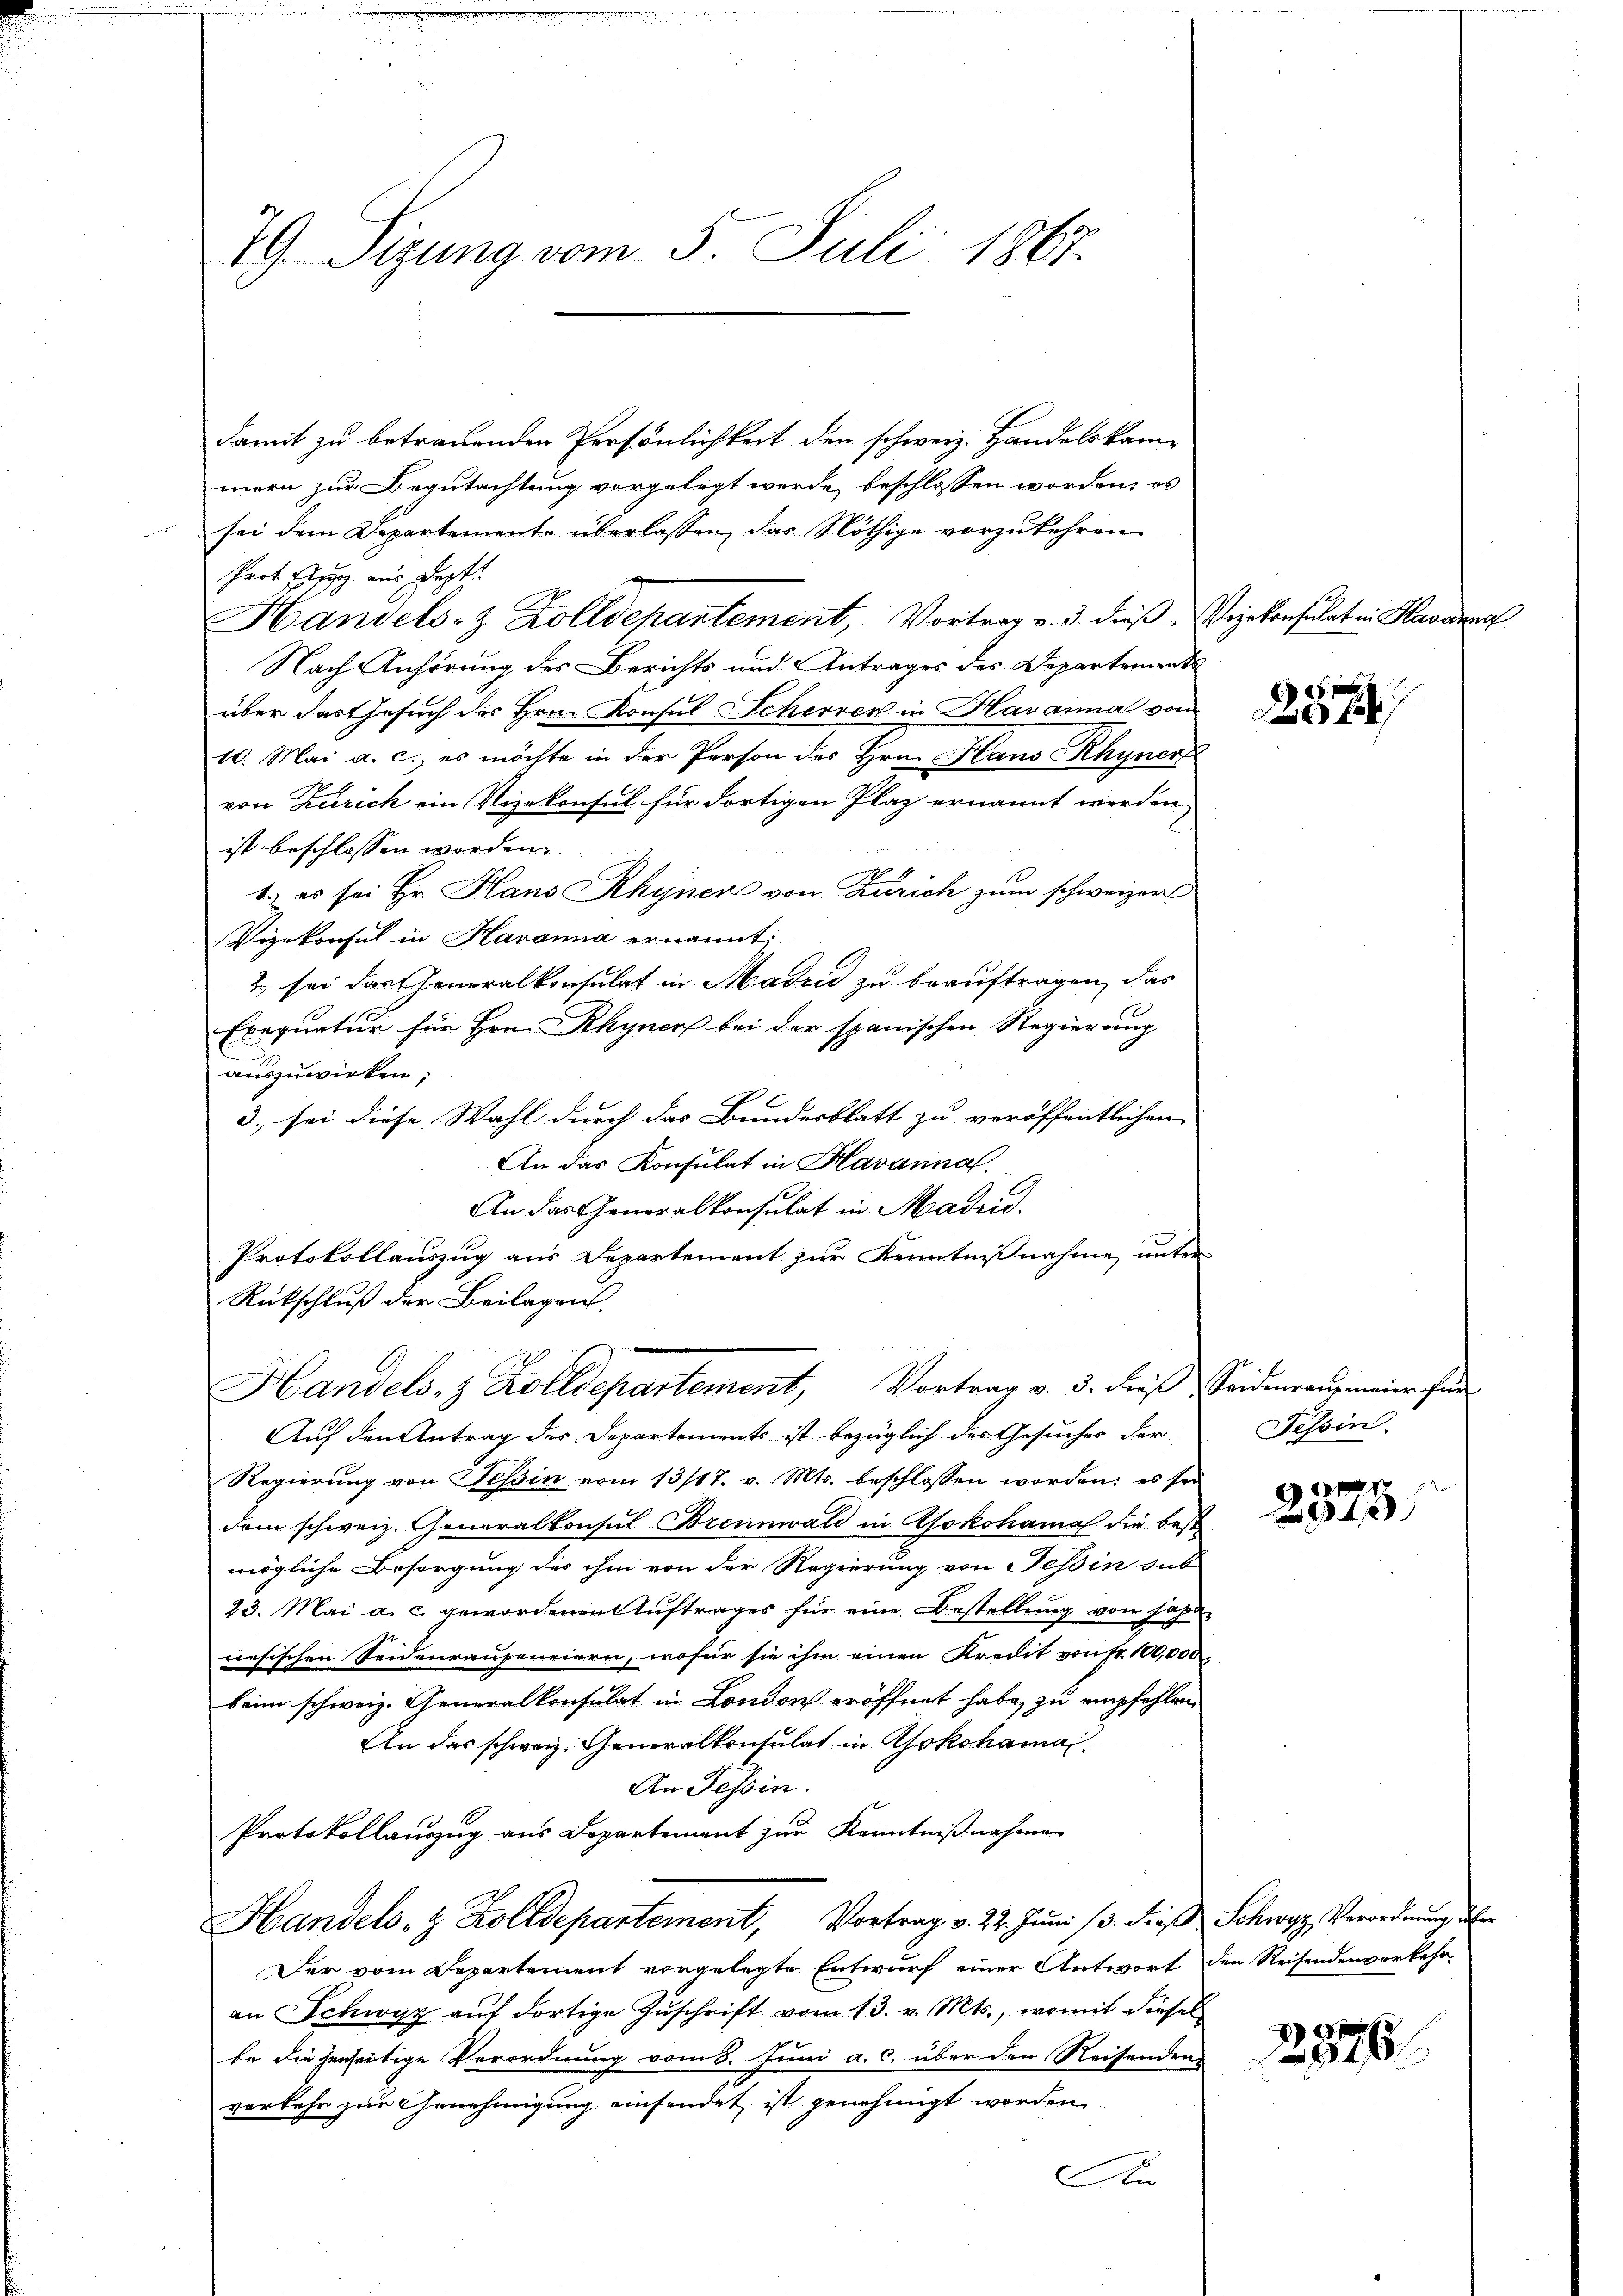
79. Sizung vom 5. Juli 1867.

damit zu betrauenden Persönlichkeit den schweiz. Handelskammern zur Begutachtung vorgelegt werde, beschlossen worden; es
sei dem Departemente überlassen, das Nöthige vorzukehren
Prot. Eisp. aus Sept.
Handels- & Zolldepartement, Vortrag v. 3. dieß, Vizekonsulat in Havanna
Nach Anhörung des Berichts und Antrages des Departements
über das Gesuch der Hrn. Konsul Scherren in Havanna von
10. Mai a. c., es möchte in der Person des Hrn. Haus Rhyner
von Zürich ein Vizekonsul für dortigen Plaz ernannt werden
ist beschlossen worden.
1.) es sei Hr. Haus Rhyner von Zürich zum schweizer
Vizekonsul in Havanna ernannt:
2 sei das Generalkonsulat in Madrid zu beauftragen, das
Exequatur für Hrn. Rhyner bei der spanischen Regierung
auszuwirken;
3. sei diese Wahl durch das Bundesblatt zu veröffentlichen
An das Konsulat in Havannal.
An das Generalkonsulat in Madud.
Protokollauszug aus Departement zur Kenntnißnahme unter
Rückschluß der Beilagen.
Handels- & Zolldepartement, Vortrag v. 3. dieß Seideransmeier für
Auf den Antrag der Departements ist bezüglich des Gesuches der
Regierung von Tessin vom 13/17. v. Mts. beschlossen worden; es sei
dem schweiz. Generalkonsul Brennwald in Rokohama die best
mögliche Besorgung des ihm von der Regierung von Tessin das
23. Mai a. c. gewordenen Auftrages für eine Bestellung von habe
nesischen Seidenraupeneiern, wofür sie ihm einen Kredit von fr. 100,000.
beim schweiz. Generalkonsulat in London eröffnet habe, zu empfehlen,
An das schweiz. Generalkonsulat in Ajokohamai
An Tessin.
Protokollaŭszŭg ans Departement zŭr Kenntniβnahme
Handels- & Zolldepartement, Vortrag v. 22. Jŭni 13. die Schwyz, Verordnŭng der
Der vom Departement vorgelegte Entwurf einer Antwort den Reisendenverkehr-
an Schwyz auf dortige Zuschrift vom 13. v. Mts., womit dieses
be die jenseitige Verordnung vom 8. Juni a. c. über den Reisenden
verkehr zur Genehmigung einsendet ist genehmigt worden
An

287

Tessin.

n
4

2876